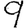
Digit: 9